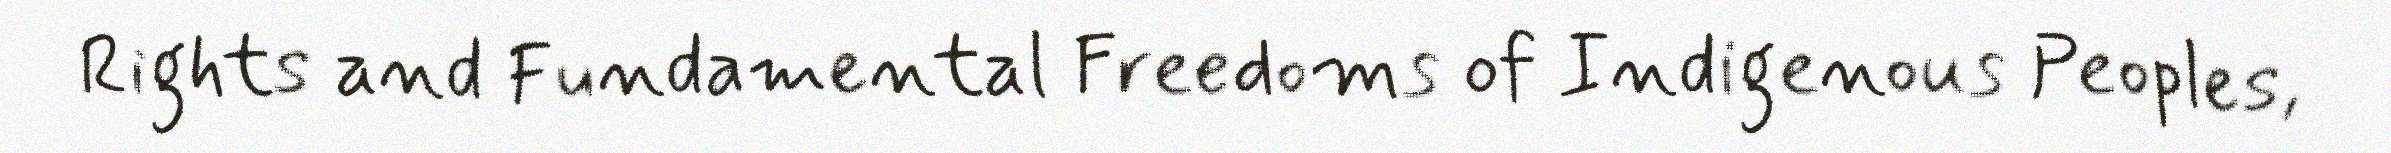
Rights and Fundamental Freedoms of Indigenous Peoples,